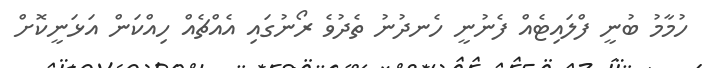
ހުމާމު ބުނީ ފްލައިޓެއް ފެނުނީ ހެނދުނު ތެދުވެ ރޯނުގައި އެއްޗެއް ހިއްކަން އަޅަނީކޮށް